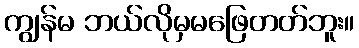
ကျွန်မ ဘယ်လိုမှမဖြေတတ်ဘူး။